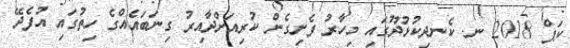
ކަޕް 2018 ނ. ކެނދިކުޅުދޫގައި މިހާރު ފެށިގެން ކުރިއަށްދާއިރު ގިނަބައެއްގެ ހިތުގައި އުފެދޭ